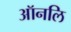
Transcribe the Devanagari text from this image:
ऑनलि